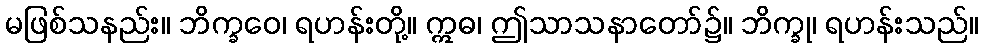
မဖြစ်သနည်း။ ဘိက္ခဝေ၊ ရဟန်းတို့။ ဣဓ၊ ဤသာသနာတော်၌။ ဘိက္ခု၊ ရဟန်းသည်။